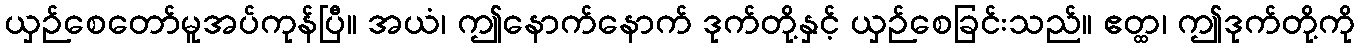
ယှဉ်စေတော်မူအပ်ကုန်ပြီ။ အယံ၊ ဤနောက်နောက် ဒုက်တို့နှင့် ယှဉ်စေခြင်းသည်။ ဧတ္ထ၊ ဤဒုက်တို့ကို